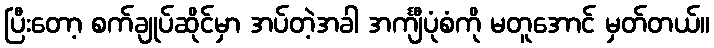
ပြီးတော့ စက်ချုပ်ဆိုင်မှာ အပ်တဲ့အခါ အင်္ကျီပုံစံကို မတူအောင် မှတ်တယ်။